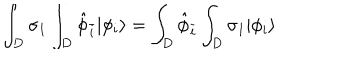
LaTeX: \int _ { D } \sigma _ { 1 } \int _ { D } { \hat { \phi } } _ { \bar { i } } | \phi _ { i } \rangle = \int _ { D } { \hat { \phi } } _ { \bar { i } } \int _ { D } \sigma _ { 1 } | \phi _ { i } \rangle \,